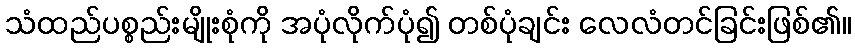
သံထည်ပစ္စည်းမျိုးစုံကို အပုံလိုက်ပုံ၍ တစ်ပုံချင်း လေလံတင်ခြင်းဖြစ်၏။